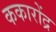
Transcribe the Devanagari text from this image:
ककारोंद्र